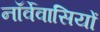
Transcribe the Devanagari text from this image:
नॉर्वेवासियों